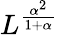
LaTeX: L^{\frac{\alpha^{2}}{1+\alpha}}